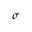
\sigma